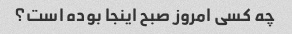
چه کسی امروز صبح اینجا بوده است؟